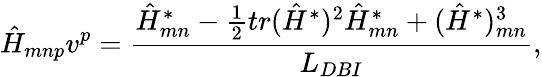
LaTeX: \hat{H}_{mnp}v^{p}={\frac{\hat{H}_{mn}^{*}-{\frac{1}{2}}tr(\hat{H}^{*})^{2}\hat{H}_{mn}^{*}+(\hat{H}^{*})_{mn}^{3}}{L_{DBI}}},